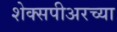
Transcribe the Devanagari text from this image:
शेक्सपीअरच्या